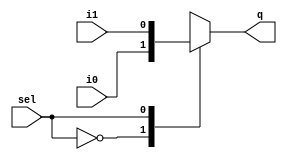
`timescale 1ns / 1ps
//////////////////////////////////////////////////////////////////////////////////
// Company: 
// Engineer: 
// 
// Design Name: 
// Module Name: movingAverage
// Project Name: 
// Target Devices: 
// Tool Versions: 
// Description: 
// 
// Dependencies: 
// 
// Revision:
// Revision 0.01 - File Created
// Additional Comments:
// 
//////////////////////////////////////////////////////////////////////////////////

module mux2_1(q,i1,i0,sel);

    input wire i0;
    input wire i1;  
    input wire sel;
    output reg q;
    
    // not (u,sel);
    // and (m,sel,i1);
    // and (n,u,i0);
    // or (q,m,n);
	always @( sel or i0 or i1 )
	begin
	   case( sel )
	       0 : q = i0;
	       1 : q = i1;
	   endcase
	end
endmodule